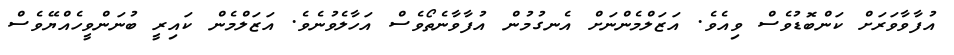
އުފާވާވަރަށް ކަންބޮޑުވެސް ވިއެވެ. އަޒަލްމެންނަށް އެނގުމުން އުފާވާނެތޯވެސް އަހާލެވުނެވެ. އަޒަލްމެން ކައިރީ ބުނަންވީހެއްޔޭވެސް